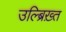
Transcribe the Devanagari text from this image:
उल्ब्रिख़्त